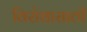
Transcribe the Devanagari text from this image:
विरोधासाठी